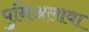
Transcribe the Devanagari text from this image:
पुनिअलावा